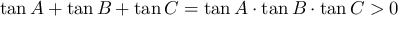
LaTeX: \tan A + \tan B + \tan C = \tan A \cdot \tan B \cdot \tan C > 0